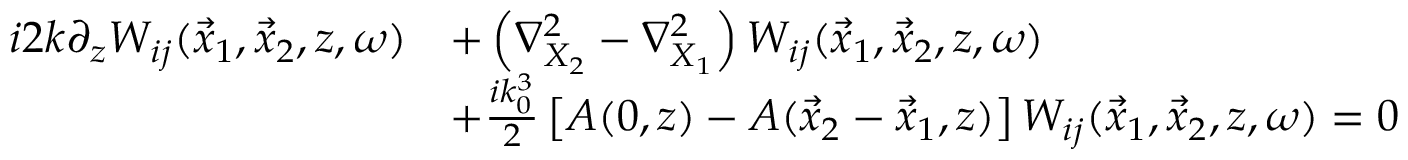
\begin{array} { r l } { i 2 k \partial _ { z } W _ { i j } ( \vec { x } _ { 1 } , \vec { x } _ { 2 } , z , \omega ) } & { + \left( \nabla _ { X _ { 2 } } ^ { 2 } - \nabla _ { X _ { 1 } } ^ { 2 } \right) W _ { i j } ( \vec { x } _ { 1 } , \vec { x } _ { 2 } , z , \omega ) } \\ & { + \frac { i k _ { 0 } ^ { 3 } } { 2 } \left[ A ( 0 , z ) - A ( \vec { x } _ { 2 } - \vec { x } _ { 1 } , z ) \right] W _ { i j } ( \vec { x } _ { 1 } , \vec { x } _ { 2 } , z , \omega ) = 0 } \end{array}